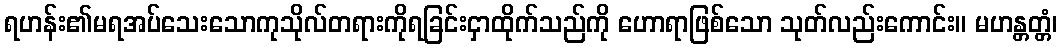
ရဟန်း၏မရအပ်သေးသောကုသိုလ်တရားကိုရခြင်းငှာထိုက်သည်ကို ဟောရာဖြစ်သော သုတ်လည်းကောင်း။ မဟန္တတ္တံ၊